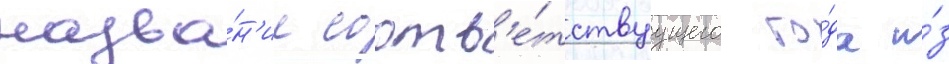
назва́н'ие соотв'е́тствуущего го́да и́з